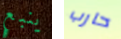
ينبع حارب